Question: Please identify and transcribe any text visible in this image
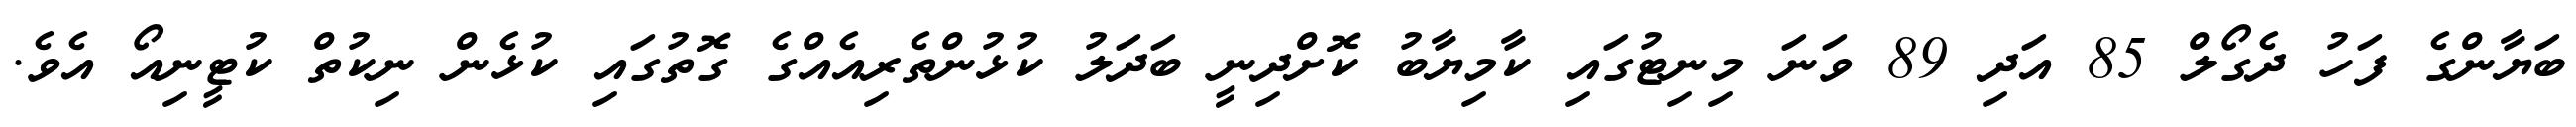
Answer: ބަޔާންގެ ފަހު ދެގޯލް 85 އަދި 89 ވަނަ މިނިޓުގައި ކާމިޔާބު ކޮށްދިނީ ބަދަލު ކުޅުންތެރިއެއްގެ ގޮތުގައި ކުޅެން ނިކުތް ކުޓީނިއޯ އެވެ.